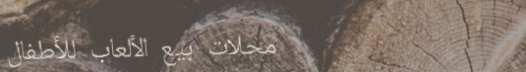
محلات بيع الألعاب للأطفال